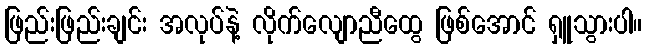
ဖြည်းဖြည်းချင်း အလုပ်နဲ့ လိုက်လျောညီထွေ ဖြစ်အောင် ရှူသွားပါ။